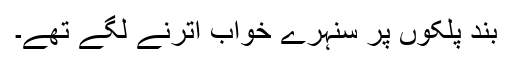
بند پلکوں پر سنہرے خواب اترنے لگے تھے۔